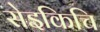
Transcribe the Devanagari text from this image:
सेइकिचि